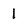
Character: I